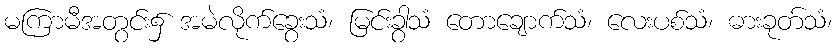
မကြာမီအတွင်း၌ အမဲလိုက်ခွေးသံ၊ မြင်းခွာသံ တောချောက်သံ၊ လေးပစ်သံ၊ ဓားခုတ်သံ၊